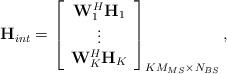
LaTeX: \begin{align*} \mathbf{H}_{int} = \left[ \begin{array}{c} \mathbf{W}_1^H\mathbf{H}_1 \\ \vdots \\ \mathbf{W}_K^H\mathbf{H}_K \end{array} \right]_{KM_{MS} \times N_{BS}},\end{align*}